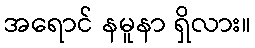
အရောင် နမူနာ ရှိလား။